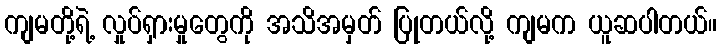
ကျမတို့ရဲ့ လှုပ်ရှားမှုတွေကို အသိအမှတ် ပြုတယ်လို့ ကျမက ယူဆပါတယ်။